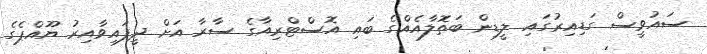
ސައުވީސް ގަޑިއިރުގައި ލީޑިން ބަތޮލާއެއްގެ ބައި އޮސްޓްރިއާގެ ސާރާ އަށް ދީފައިވާއިރު ޔޫއްޕެގެ